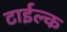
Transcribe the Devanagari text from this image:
टाईल्क